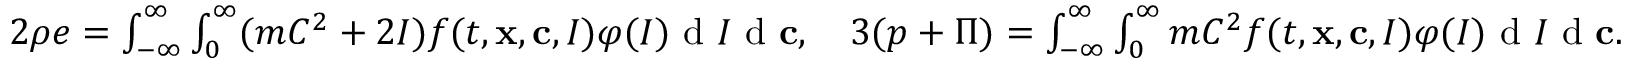
\begin{array} { r } { 2 \rho e = \int \displaylimits _ { - \infty } ^ { \infty } \int \displaylimits _ { 0 } ^ { \infty } ( m C ^ { 2 } + 2 I ) f ( t , \mathbf x , \mathbf c , I ) \varphi ( I ) \textrm { d } I \textrm { d } \mathbf c , \quad 3 ( p + \Pi ) = \int \displaylimits _ { - \infty } ^ { \infty } \int \displaylimits _ { 0 } ^ { \infty } m C ^ { 2 } f ( t , \mathbf x , \mathbf c , I ) \varphi ( I ) \textrm { d } I \textrm { d } \mathbf c . } \end{array}